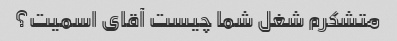
متشکرم شغل شما چیست آقای اسمیت؟